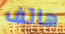
هاتف